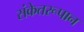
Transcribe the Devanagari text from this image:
संकेतरूपान